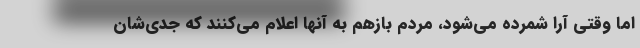
اما وقتی آرا شمرده می‌شود، مردم بازهم به آنها اعلام می‌کنند که جدی‌شان